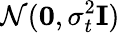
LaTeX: \mathcal{N}(\mathbf{0},\sigma_{t}^{2}\mathbf{I})